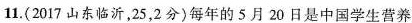
11.(2017山东临沂，25，2分)每年的5月20日是中国学生营养